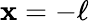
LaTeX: \mathbf{x}=-\ell